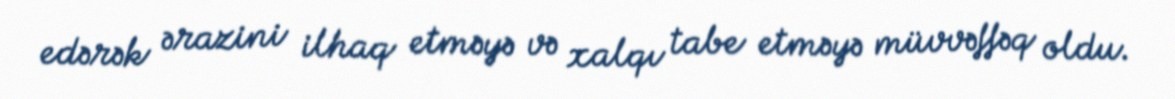
edərək ərazini ilhaq etməyə və xalqı tabe etməyə müvvəffəq oldu.